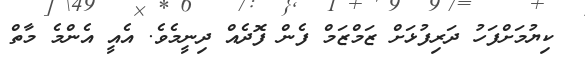
ކިޔުމަށްފަހު ދަރިފުޅަށް ޒަމްޒަމް ފެން ފޮދެއް ދިނީމެވެ. އެއީ އެންމެ މާތް